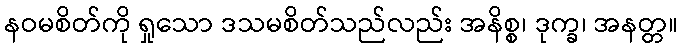
နဝမစိတ်ကို ရှုသော ဒသမစိတ်သည်လည်း အနိစ္စ၊ ဒုက္ခ၊ အနတ္တ။